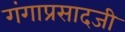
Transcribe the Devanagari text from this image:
गंगाप्रसादजी